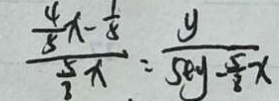
\frac { \frac { 4 } { 5 } x - \frac { 1 } { 8 } } { \frac { 5 } { 8 } x } = \frac { y } { 5 x y - \frac { 5 } { 8 } x }